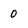
Character: 0